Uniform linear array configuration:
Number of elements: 4
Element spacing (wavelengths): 0.5
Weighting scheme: hann
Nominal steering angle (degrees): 15
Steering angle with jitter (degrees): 15.232
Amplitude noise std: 0.05
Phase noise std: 0.05

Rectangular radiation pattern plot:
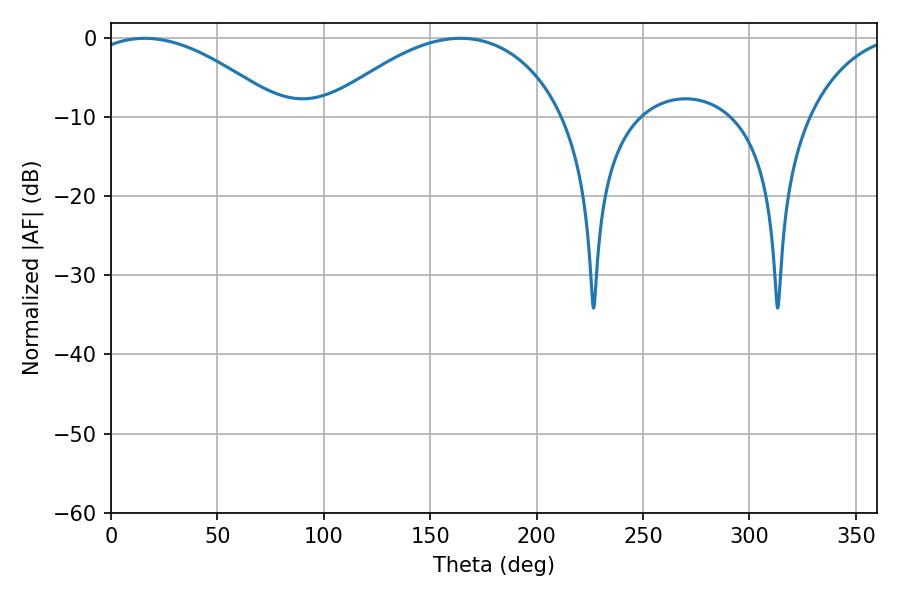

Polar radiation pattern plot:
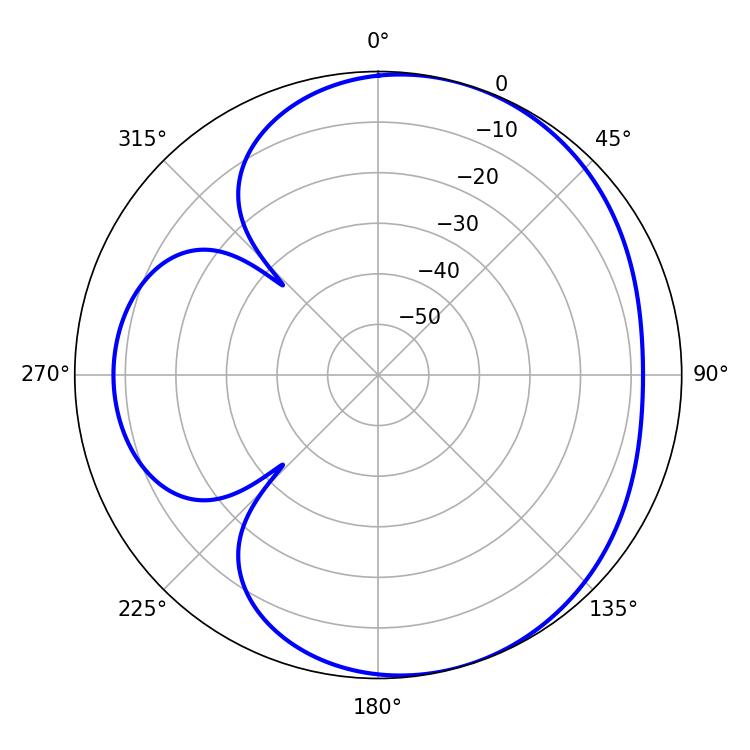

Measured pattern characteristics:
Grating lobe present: FALSE
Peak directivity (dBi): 4.726
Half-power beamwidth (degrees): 50.4
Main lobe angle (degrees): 15.84